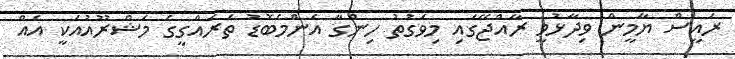
ރައީސް ޔާމީން ވިދާޅުވީ ރާއްޖޭގައި މިވަގުތު ހިންގާ އެންމެބޮޑު ތަރައްގީގެ މަޝްރޫއުއަކީ އެއް